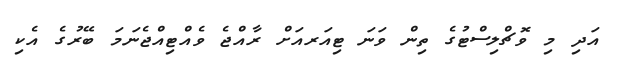
އަދި މި ވޮޗްލިސްޓުގެ ތިން ވަނަ ޓިއަރއަށް ރާއްޖެ ވެއްޓިއްޖެނަމަ ބޭރުގެ އެކި